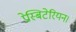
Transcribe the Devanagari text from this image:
प्रेस्बिटेरियन।